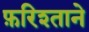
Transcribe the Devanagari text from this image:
फ़रिश्ताने